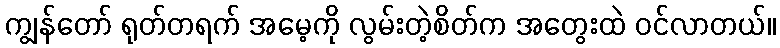
ကျွန်တော် ရုတ်တရက် အမေ့ကို လွမ်းတဲ့စိတ်က အတွေးထဲ ဝင်လာတယ်။